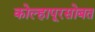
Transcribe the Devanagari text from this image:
कोल्हापूरसोबत